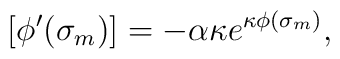
[\phi'(\sigma_m)] = -\alpha \kappa e^{\kappa \phi(\sigma_m)},